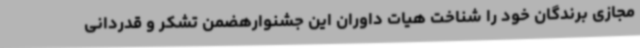
مجازی برندگان خود را شناخت هیات داوران این جشنوارهضمن تشکر و قدردانی